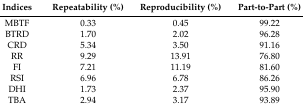
| Indices | Repeatability (%) | Reproducibility (%) | Part-to-Part (%) |
 | --- | --- | --- | --- |
 | MBTF | 0.33 | 0.45 | 99.22 |
 | BTRD | 1.70 | 2.02 | 96.28 |
 | CRD | 5.34 | 3.50 | 91.16 |
 | RR | 9.29 | 13.91 | 76.80 |
 | FI | 7.21 | 11.19 | 81.60 |
 | RSI | 6.96 | 6.78 | 86.26 |
 | DHI | 1.73 | 2.37 | 95.90 |
 | TBA | 2.94 | 3.17 | 93.89 |